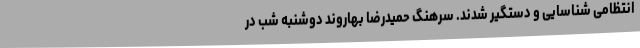
انتظامی شناسایی و دستگیر شدند. سرهنگ حمیدرضا بهاروند دوشنبه شب در